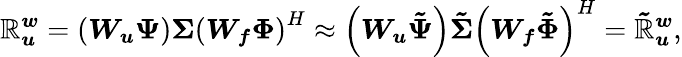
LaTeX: \boldsymbol{\mathbb{R}_{u}^{w}}=\left(\boldsymbol{W_{u}}\boldsymbol{\Psi}\right)\boldsymbol{\Sigma}\left(\boldsymbol{W_{f}}\boldsymbol{\Phi}\right)^{H}\approx\left(\boldsymbol{W_{u}}\boldsymbol{\tilde{{\Psi}}}\right)\boldsymbol{\tilde{{\Sigma}}}\left(\boldsymbol{W_{f}}\boldsymbol{\tilde{{\Phi}}}\right)^{H}=\boldsymbol{\tilde{{\mathbb{R}}}_{u}^{w}},